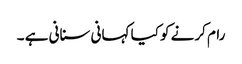
رام کرنے کو کیا کہانی سنانی ہے ۔